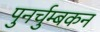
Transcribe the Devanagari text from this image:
पुनर्चुम्बकन